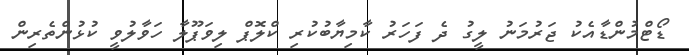
ޑޯޓްމުންޑާއެކު ޖަރުމަނު ލީގު ދެ ފަހަރު ކާމިޔާބުކުރި ކްލޮޕް ލިވަޕޫލާ ހަވާލުވީ ކުޅުންތެރިން